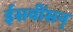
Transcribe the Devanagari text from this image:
ईसवींसन्